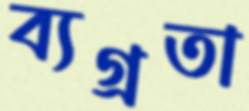
ব্যগ্রতা